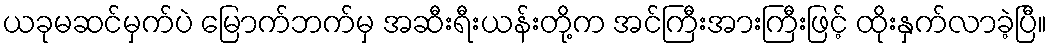
ယခုမဆင်မှက်ပဲ မြောက်ဘက်မှ အဆီးရီးယန်းတို့က အင်ကြီးအားကြီးဖြင့် ထိုးနှက်လာခဲ့ပြီ။